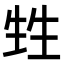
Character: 甡